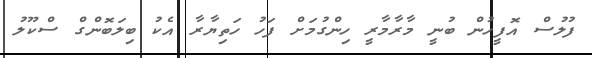
ފުލުސް އޮފީހުން ބުނީ މާރާމާރީ ހިންގުމަށް ފަހު ހަތިޔާރާ އެކު ބިލަބޮންގް ސްކޫލު